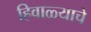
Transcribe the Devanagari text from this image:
हिवाळ्याचे